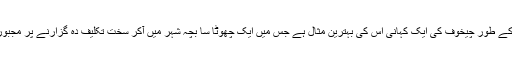
مثال کے طور چیخوف کی ایک کہانی اس کی بہترین مثال ہے جس میں ایک چھوٹا سا بچہ شہر میں آکر سخت تکلیف دہ گزارنے پر مجبور ہے۔